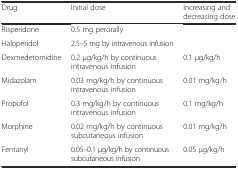
| Drug | Initial dose | Increasing and decreasing dose |
 | --- | --- | --- |
 | Risperidone | 0.5 mg perorally |  |
 | Haloperidol | 2.5–5 mg by intravenous infusion |  |
 | Dexmedetomidine | 0.2 μg/kg/h by continuous intravenous infusion | 0.1 μg/kg/h |
 | Midazolam | 0.03 mg/kg/h by continuous intravenous infusion | 0.01 mg/kg/h |
 | Propofol | 0.3 mg/kg/h by continuous intravenous infusion | 0.1 mg/kg/h |
 | Morphine | 0.02 mg/kg/h by continuous subcutaneous infusion | 0.01 mg/kg/h |
 | Fentanyl | 0.05–0.1 μg/kg/h by continuous subcutaneous infusion | 0.05 μg/kg/h |